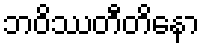
ဘဝိဿတီတိနော